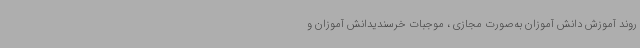
روند آموزش دانش آموزان به‌صورت مجازی ، موجبات خرسندیدانش آموزان و